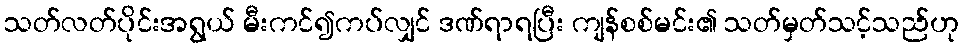
သတ်လတ်ပိုင်းအရွယ် မီးကင်၍ကပ်လျှင် ဒဏ်ရာရပြီး ကျန်စစ်မင်း၏ သတ်မှတ်သင့်သည်ဟု